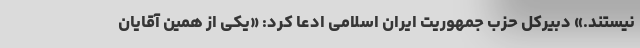
نیستند.» دبیرکل حزب جمهوریت ایران اسلامی ادعا کرد: «یکی از همین آقایان